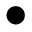
\bullet